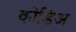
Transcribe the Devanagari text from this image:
कोडिअ